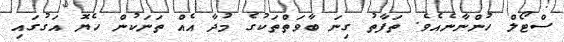
ސްޓޯލް ހުންނާނެއެވެ. ތަފާތު ގިނަ ބާވަތްތަކުގެ މުދާ އެއް ތަނަކުން ހެޔޮ އަގުގައި